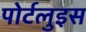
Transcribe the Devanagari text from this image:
पोर्टलुइस